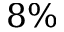
8 \%